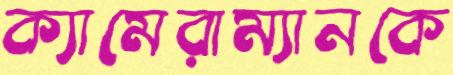
ক্যামেরাম্যানকে